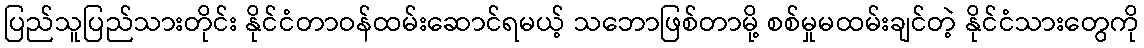
ပြည်သူပြည်သားတိုင်း နိုင်ငံတာဝန်ထမ်းဆောင်ရမယ့် သဘောဖြစ်တာမို့ စစ်မှုမထမ်းချင်တဲ့ နိုင်ငံသားတွေကို